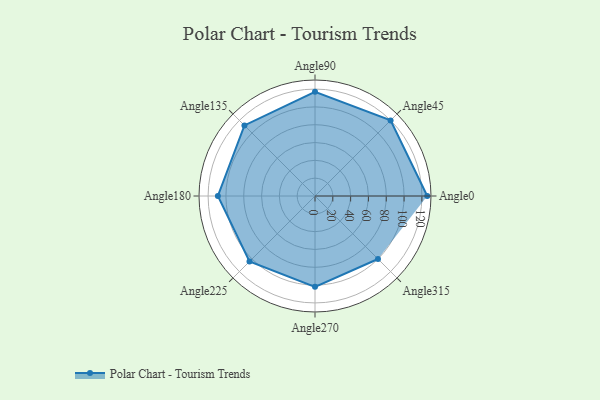
{"axis": {"x": "Angle", "y": "Radius"}, "legend": [""], "data": [{"x": "Angle0", "y": 126.0, "type": ""}, {"x": "Angle45", "y": 120.0, "type": ""}, {"x": "Angle90", "y": 117.0, "type": ""}, {"x": "Angle135", "y": 112.0, "type": ""}, {"x": "Angle180", "y": 109.0, "type": ""}, {"x": "Angle225", "y": 104.0, "type": ""}, {"x": "Angle270", "y": 102.0, "type": ""}, {"x": "Angle315", "y": 100.0, "type": ""}]}